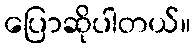
ပြောဆိုပါတယ်။